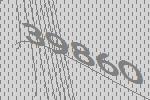
39860